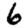
Digit: 6